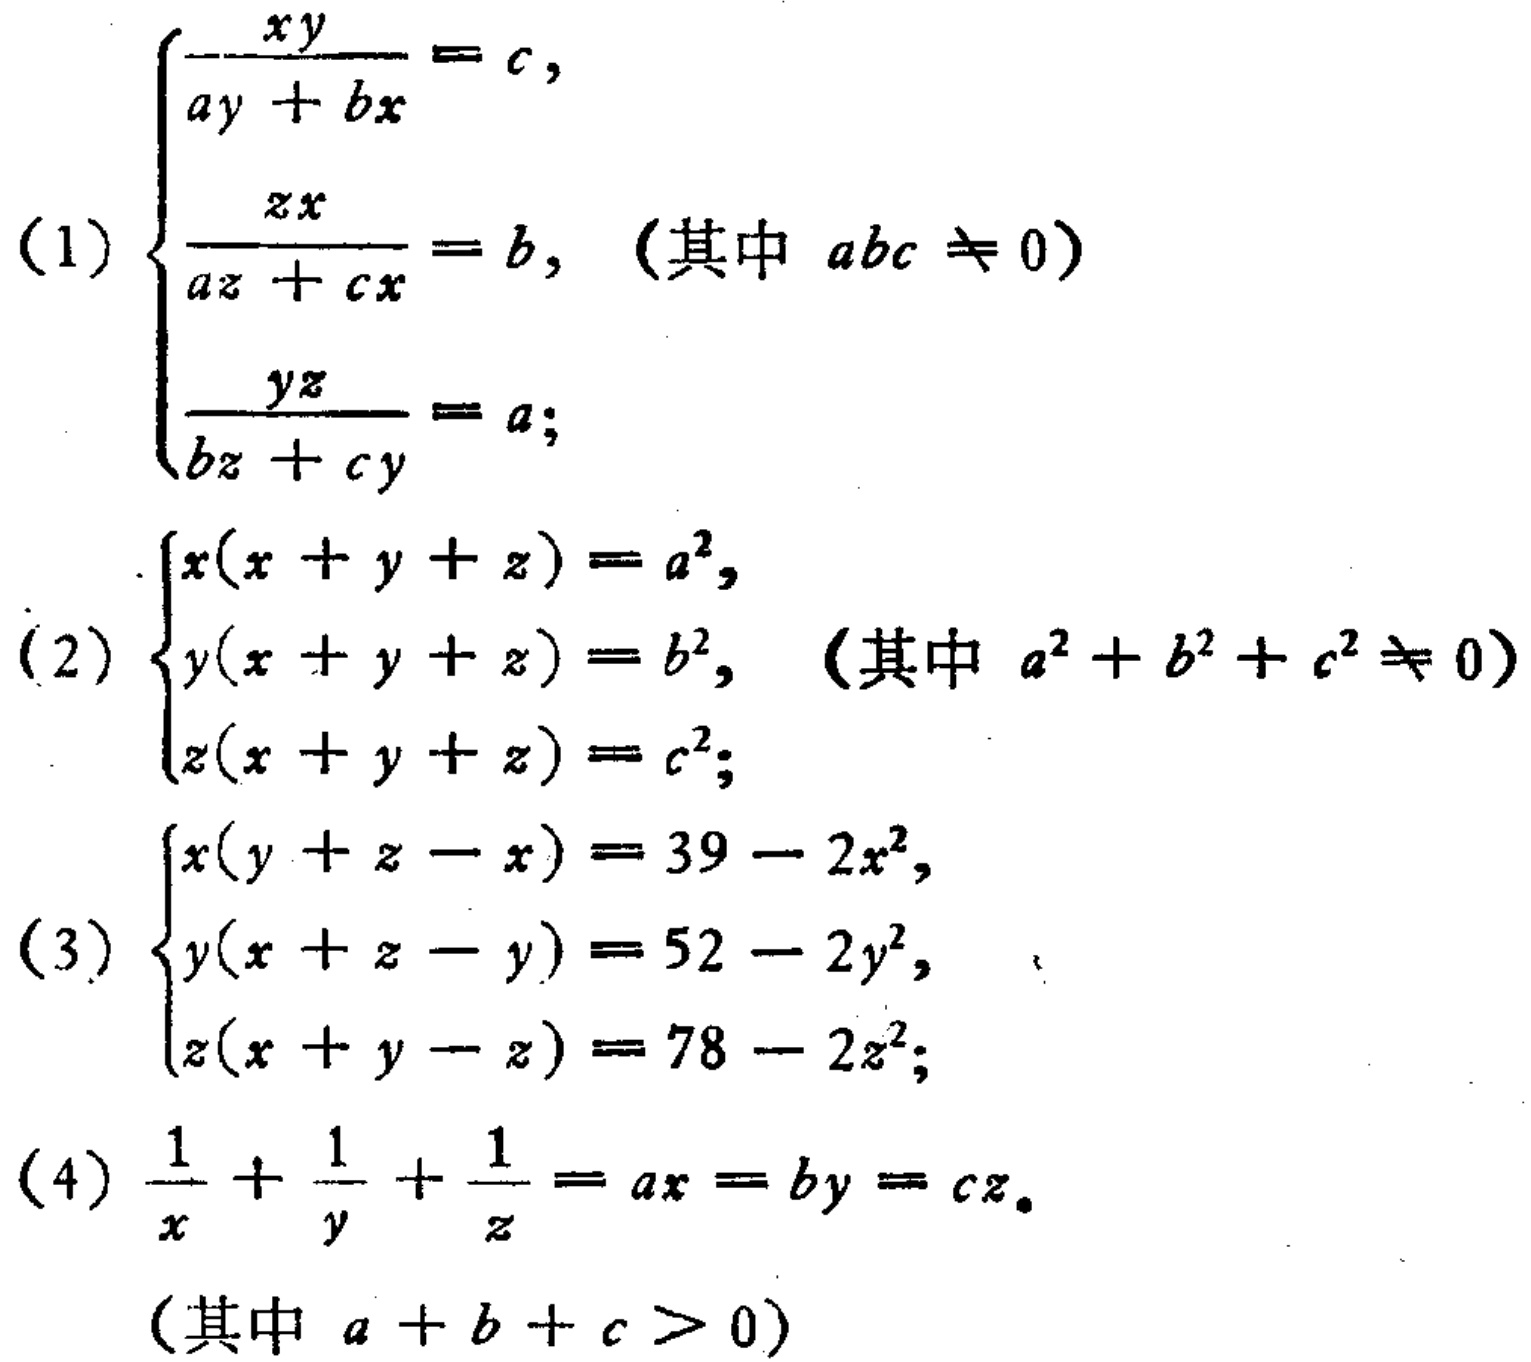
\[\begin{cases}
\frac{xy}{ay + bx}=c,\\
\frac{zx}{az + cx}=b, \quad (\text{其中 }abc\neq0)\\
\frac{yz}{bz + cy}=a;
\end{cases}\]
\[\begin{cases}
x(x + y + z)=a^{2},\\
y(x + y + z)=b^{2}, \quad (\text{其中 }a^{2}+b^{2}+c^{2}\neq0)\\
z(x + y + z)=c^{2};
\end{cases}\]
\[\begin{cases}
x(y + z - x)=39 - 2x^{2},\\
y(x + z - y)=52 - 2y^{2},\\
z(x + y - z)=78 - 2z^{2};
\end{cases}\]
\[\frac{1}{x}+\frac{1}{y}+\frac{1}{z}=ax = by = cz. \quad (\text{其中 }a + b + c>0)\]